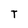
Character: T